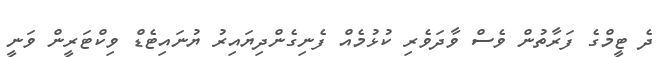
ދެ ޓީމްގެ ފަރާތުން ވެސް ވާދަވެރި ކުޅުމެއް ފެނިގެންދިޔައިރު ޔުނައިޓެޑް ވިކްޓަރީން ވަނީ